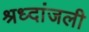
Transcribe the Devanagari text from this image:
श्रध्दांजली